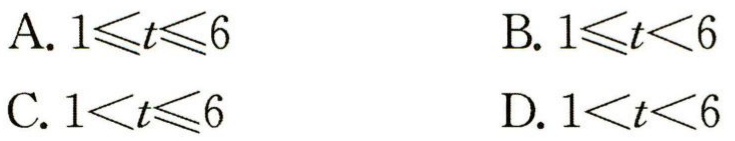
A. \(1\leqslant t\leqslant6\)

B. \(1\leqslant t<6\)

C. \(1<t\leqslant6\)

D. \(1<t<6\)